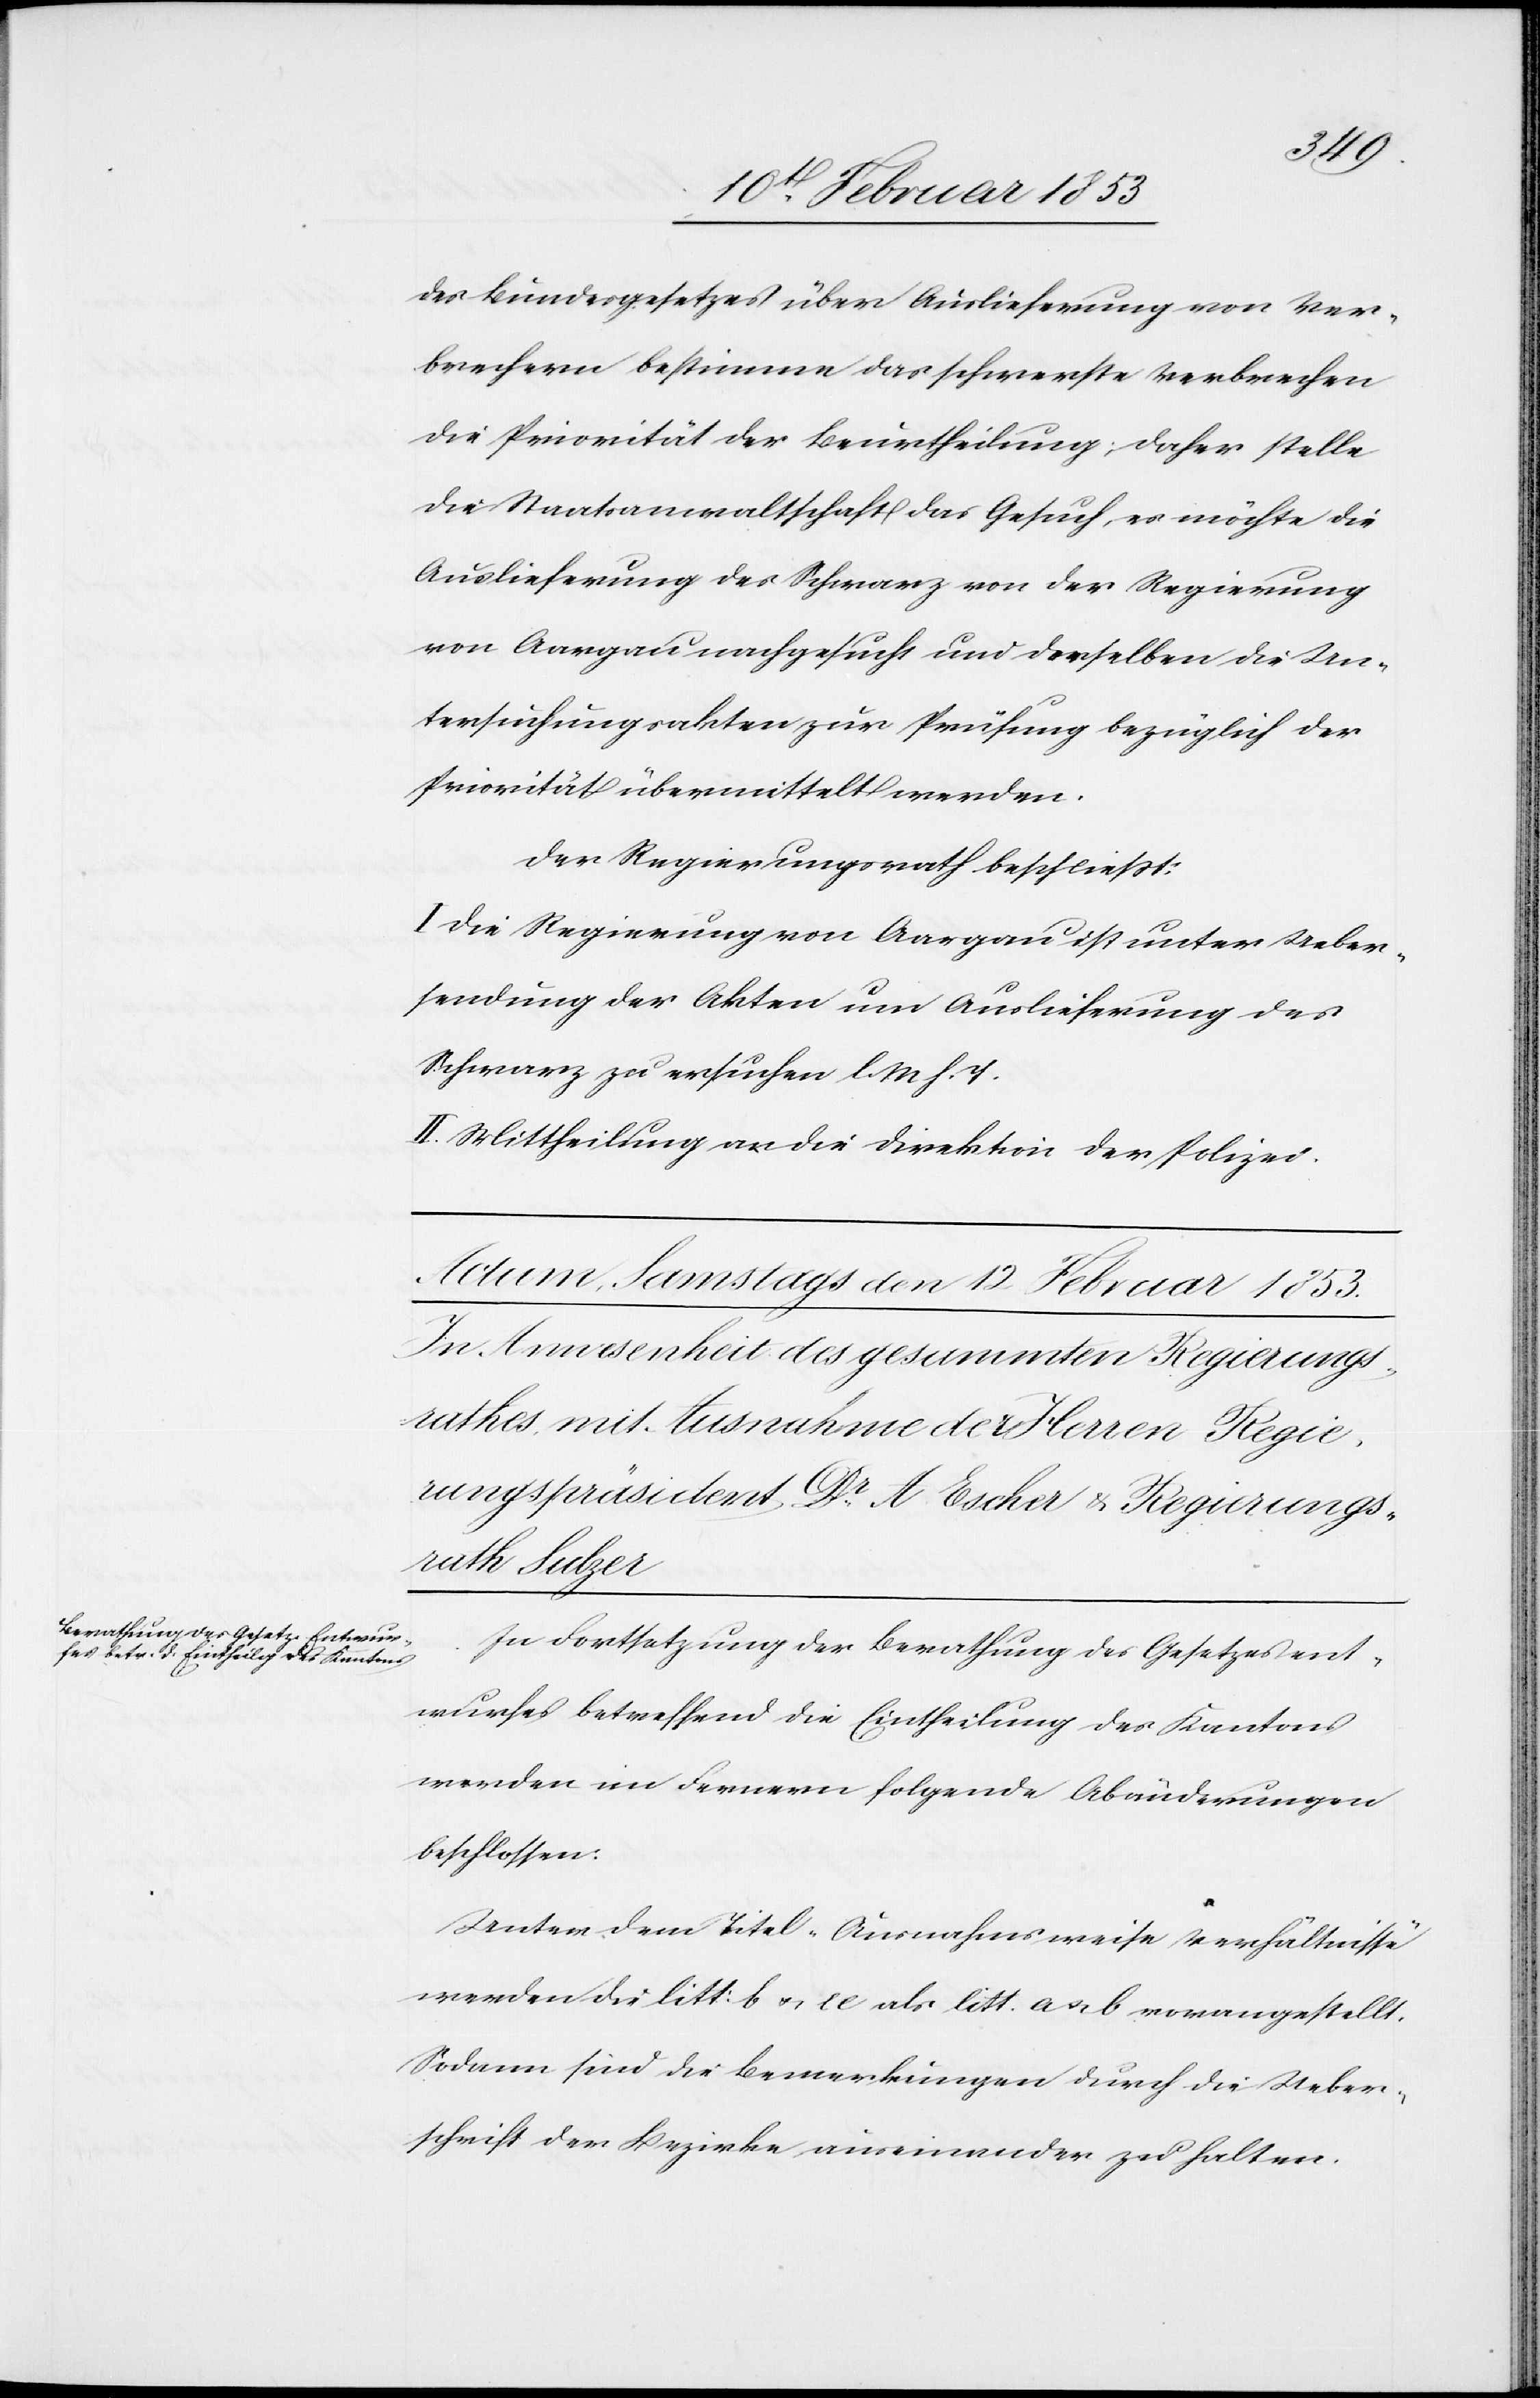
des Bundesgesetzes über Auslieferung von Ver¬
brechern bestimme das schwerste Verbrechen
die Priorität der Beurtheilung; daher stelle
die Staatsanwaltschaft das Gesuch, es möchte die
Auslieferung des Schwarz von der Regierung
von Aargau nachgesucht und derselben die Un¬
tersuchungsakten zur Prüfung bezüglich der
Priorität übermittelt werden.
Der Regierungsrath beschließt:
I. Die Regierung von Aargau ist unter Ueber¬
sendung der Akten um Auslieferung des
Schwarz zu ersuchen l. M. h. T.
II. Mittheilung an die Direktion der Polizei.
In Fortsetzung der Berathung des Gesetzesent¬
wurfes betreffend die Eintheilung des Kantons
werden im Fernern folgende Abänderungen
beschlossen.
Unter dem Titel „Ausnahmsweise Verhältnisse“
werden die litt. b u. ce [sic!] als litt. a u. b vorangestellt.
Sodann sind die Bemerkungen durch die Ueber¬
schrift der Bezirke auseinander zu halten.